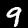
Digit: 9